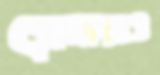
সেনারাও